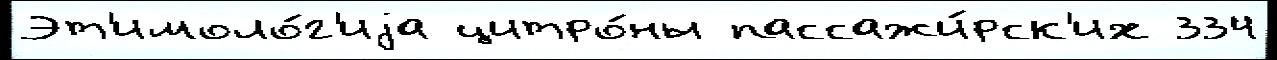
Эт'имоло́г'иjа цитро́ны пассажи́рск'их 334